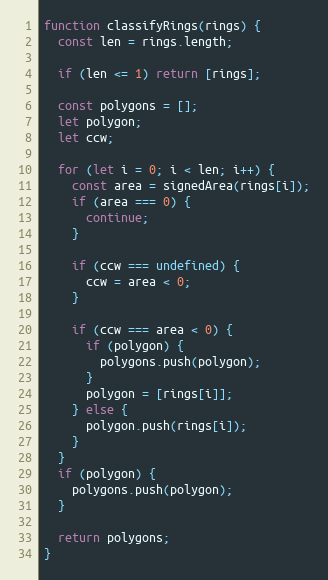
Language: JavaScript
function classifyRings(rings) {
  const len = rings.length;

  if (len <= 1) return [rings];

  const polygons = [];
  let polygon;
  let ccw;

  for (let i = 0; i < len; i++) {
    const area = signedArea(rings[i]);
    if (area === 0) {
      continue;
    }

    if (ccw === undefined) {
      ccw = area < 0;
    }

    if (ccw === area < 0) {
      if (polygon) {
        polygons.push(polygon);
      }
      polygon = [rings[i]];
    } else {
      polygon.push(rings[i]);
    }
  }
  if (polygon) {
    polygons.push(polygon);
  }

  return polygons;
}